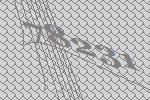
78231